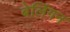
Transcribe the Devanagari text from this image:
बेलिंगन